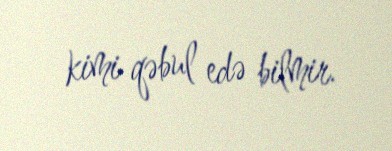
kimi qəbul edə bilmir.